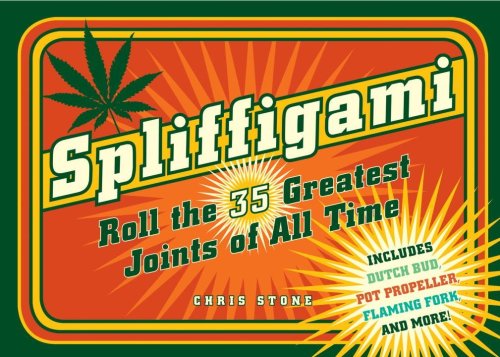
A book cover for Spliffigami: Roll the 35 Greatest Joints of All Time; Chris Stone; Crafts, Hobbies & Home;